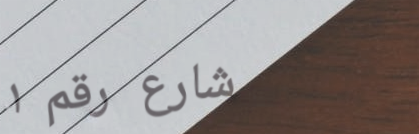
شارع رقم ١